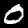
Digit: 0